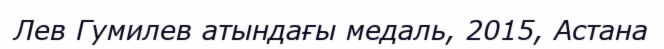
Лев Гумилев атындағы медаль, 2015, Астана